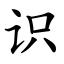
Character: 识